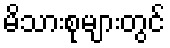
မိသားစုများတွင်